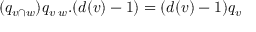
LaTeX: ( q _ { v \cap w } ) q _ { v \setminus w } . ( d ( v ) - 1 ) = ( d ( v ) - 1 ) q _ { v }